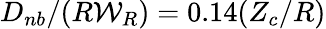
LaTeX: {D_{nb}}/(R{\mathcal{W}}_{R})=0.14(Z_{c}/R)